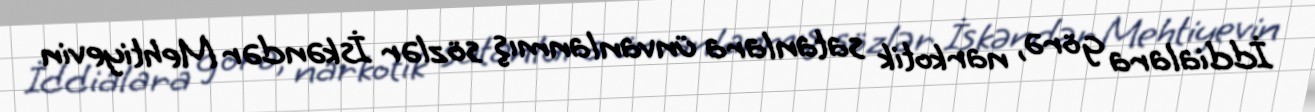
İddialara görə, narkotik satanlara ünvanlanmış sözlər İskəndər Mehtiyevin